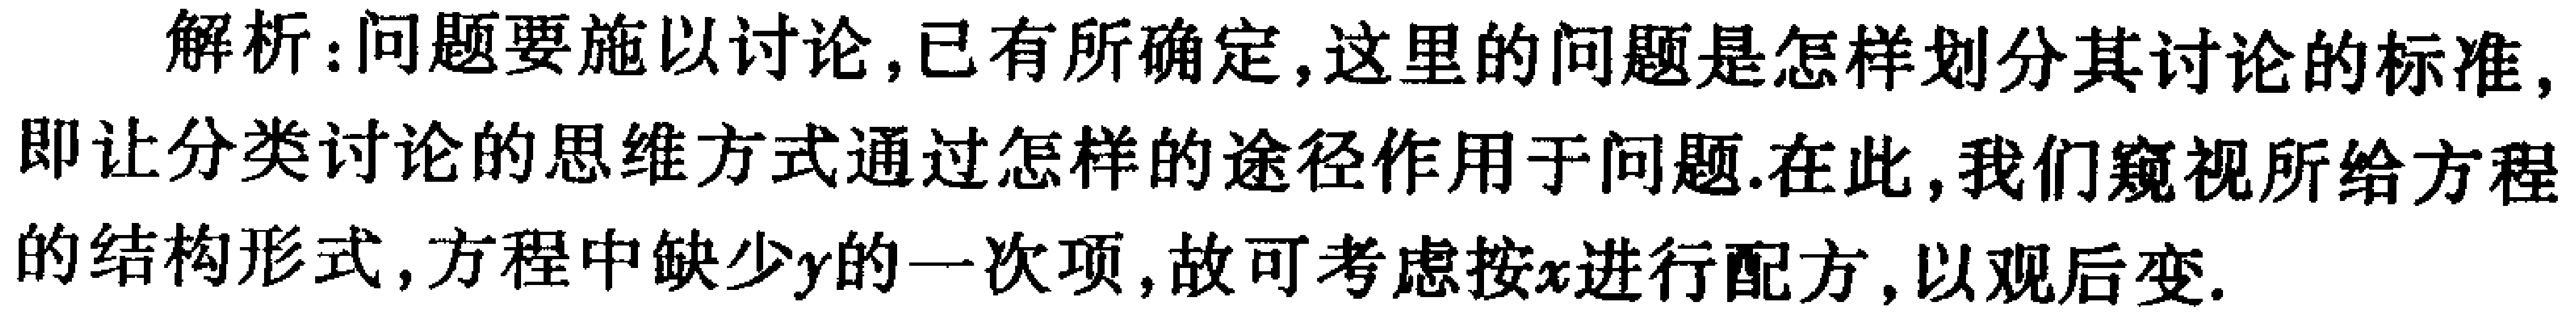
解析：问题要施以讨论,已有所确定,这里的问题是怎样划分其讨论的标准,即让分类讨论的思维方式通过怎样的途径作用于问题.在此,我们窥视所给方程的结构形式,方程中缺少\(y\)的一次项,故可考虑按\(x\)进行配方,以观后变.